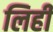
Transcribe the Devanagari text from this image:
लिही